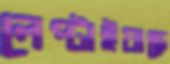
লেপ্‌টাইয়াছে